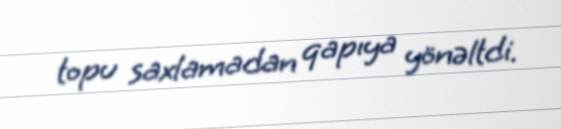
topu saxlamadan qapıya yönəltdi.